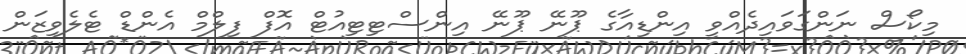
މިކޯސް ނަންގަވައިދެއްވީ އިންޑިއާގެ ޕޫނޭ ޕޫނޭ އިންސްޓިޓިއުޓް އޮފް ފިލްމް އެންޑް ޓެލެވިޒަން